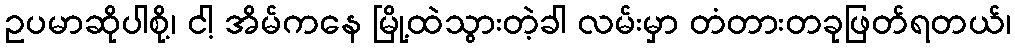
ဥပမာဆိုပါစို့၊ ငါ့ အိမ်ကနေ မြို့ထဲသွားတဲ့ခါ လမ်းမှာ တံတားတခုဖြတ်ရတယ်၊